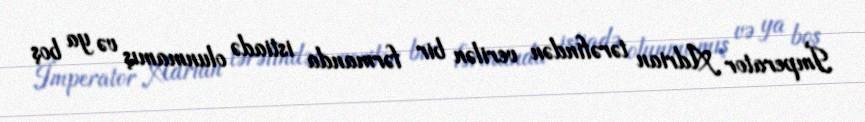
İmperator Adrian tərəfindən verilən bir fərmanda istiadə olunmamış və ya boş